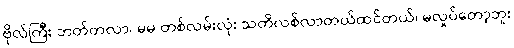
ဗိုလ်ကြီး ဘတ်တလာ၊ မမ တစ်လမ်းလုံး သတိလစ်လာတယ်ထင်တယ်၊ မလှုပ်တော့ဘူး